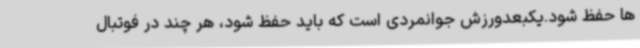
ها حفظ شود.یکبعدورزش جوانمردی است که باید حفظ شود، هر چند در فوتبال